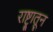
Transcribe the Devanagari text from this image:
राष्ट्रातून